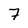
Character: 7